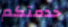
خدمتكم